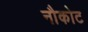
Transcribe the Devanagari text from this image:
नौकोट